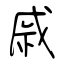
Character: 戚